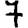
Digit: 7